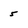
Character: 5